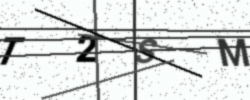
Text: T2SM